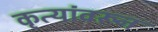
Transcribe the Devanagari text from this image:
कृत्यांवरून